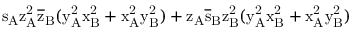
\mathrm { s _ { A } \mathrm { z _ { A } ^ { 2 } \mathrm { \overline { { z } } _ { B } ( \mathrm { y _ { A } ^ { 2 } \mathrm { x _ { B } ^ { 2 } + \mathrm { x _ { A } ^ { 2 } \mathrm { y _ { B } ^ { 2 } ) + \mathrm { z _ { A } \mathrm { \overline { { s } } _ { B } \mathrm { z _ { B } ^ { 2 } ( \mathrm { y _ { A } ^ { 2 } \mathrm { x _ { B } ^ { 2 } + \mathrm { x _ { A } ^ { 2 } \mathrm { y _ { B } ^ { 2 } ) } } } } } } } } } } } } } }